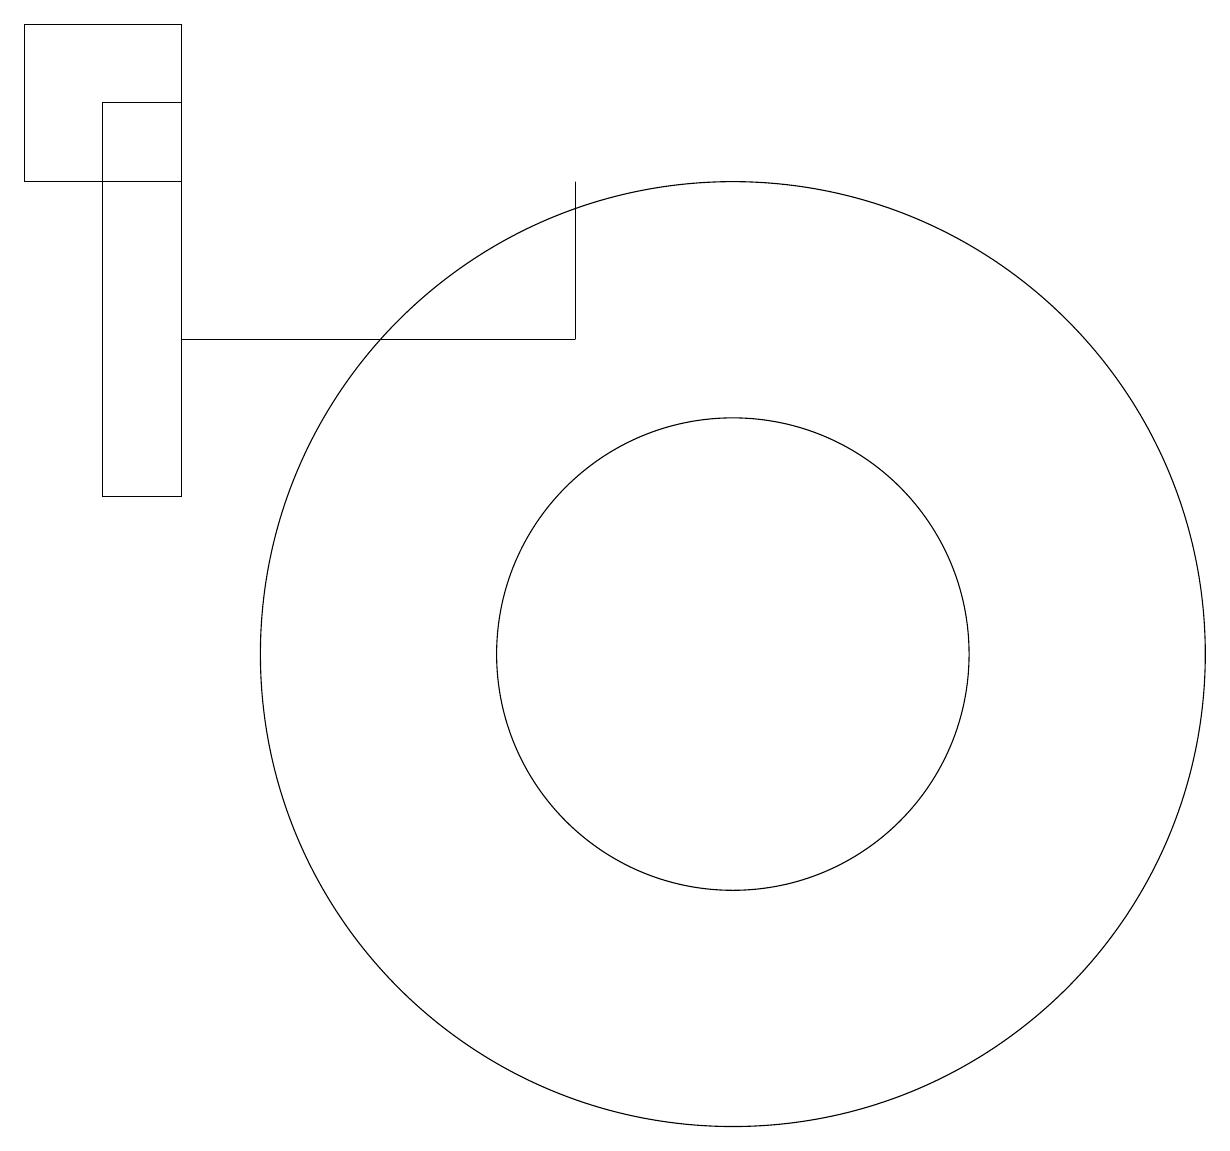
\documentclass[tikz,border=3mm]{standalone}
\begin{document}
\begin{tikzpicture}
\draw (11,11) circle (3);
\draw (11,11) circle (6);
\draw (4,17) rectangle (2,19);
\draw (9,15) rectangle (9,17);
\draw (3,18) rectangle (4,13);
\draw (4,15) rectangle (9,15);
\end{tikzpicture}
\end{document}